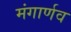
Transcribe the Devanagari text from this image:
मंगार्णव